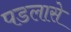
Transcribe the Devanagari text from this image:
पडलासे